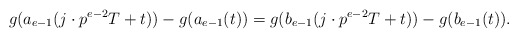
\begin{align*}g(a_{e-1}(j\cdot p^{e-2}T+t))-g(a_{e-1}(t))=g(b_{e-1}(j\cdot p^{e-2}T+t))-g(b_{e-1}(t)).\end{align*}